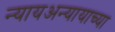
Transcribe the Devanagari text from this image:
न्यायअन्यायाच्या